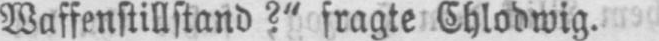
Waffenstillstand?“ fragte Chlodwig.